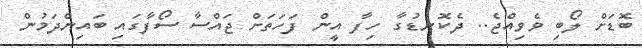
ބޮޑަށް ލޯބި ވެވިއްޖެ.. ދެކޮނޑުގާ ހިފާ އީން ފަހަތަށް ޖައްސާ ސޯފާގައި ބައިންދަމުން